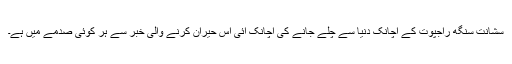
سشانت سنگھ راجپوت کے اچانک دنیا سے چلے جانے کی اچانک آئی اس حیران کرنے والی خبر سے ہر کوئی صدمے میں ہے۔